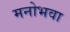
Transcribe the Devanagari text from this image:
मनोभवा